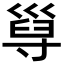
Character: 𡬸